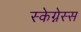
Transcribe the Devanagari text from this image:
स्केग्नेस्स